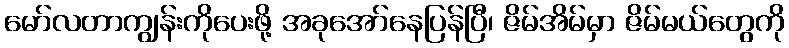
မော်လတာကျွန်းကိုပေးဖို့ အခုအော်နေပြန်ပြီ၊ ဇိမ်အိမ်မှာ ဇိမ်မယ်တွေကို